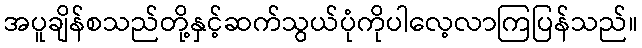
အပူချိန်စသည်တို့နှင့်ဆက်သွယ်ပုံကိုပါလေ့လာကြပြန်သည်။